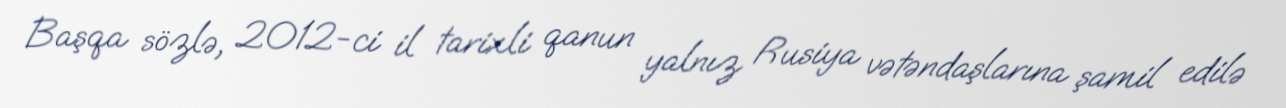
Başqa sözlə, 2012-ci il tarixli qanun yalnız Rusiya vətəndaşlarına şamil edilə